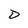
Character: D